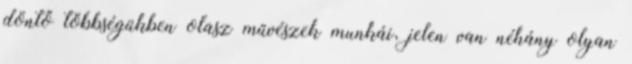
döntő többségükben olasz művészek munkái, jelen van néhány olyan